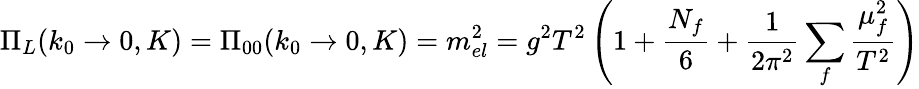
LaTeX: \Pi_{L}(k_{0}\to 0,K)=\Pi_{00}(k_{0}\to 0,K)=m_{el}^{2}=g^{2}T^{2}\left(1+{\frac{N_{f}}{6}}+{\frac{1}{2\pi^{2}}}\sum_{f}{\frac{\mu_{f}^{2}}{T^{2}}}\right)